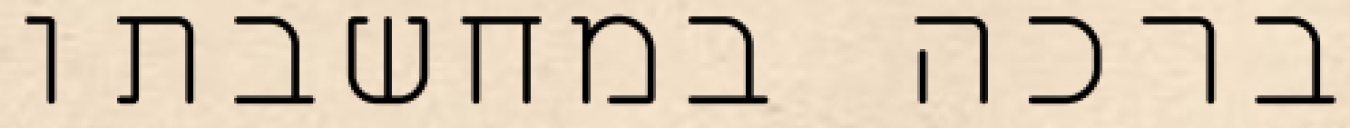
ברכה במחשבתו